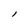
Character: l